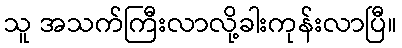
သူ အသက်ကြီးလာလို့ခါးကုန်းလာပြီ။